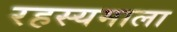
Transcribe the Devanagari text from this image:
रहस्यमाला